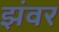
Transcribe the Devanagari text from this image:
झंवर